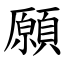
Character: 願